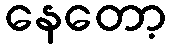
နေတော့